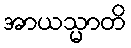
အာယသ္မာတိ